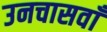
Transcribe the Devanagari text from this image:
उनचासवाँ